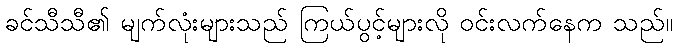
ခင်သီသီ၏ မျက်လုံးများသည် ကြယ်ပွင့်များလို ဝင်းလက်နေက သည်။